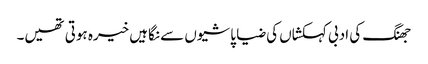
جھنگ کی ادبی کہکشاں کی ضیا پاشیوں سے نگاہیں خیرہ ہوتی تھیں۔